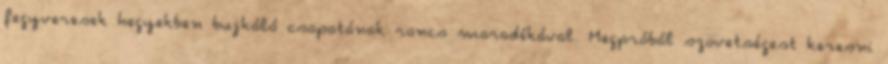
fegyveresek hegyekben bujkáló csapatának roncs maradékával. Megpróbál szövetségest keresni